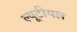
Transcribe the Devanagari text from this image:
ल्यूटीयल